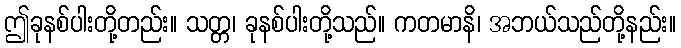
ဤခုနစ်ပါးတို့တည်း။ သတ္တ၊ ခုနစ်ပါးတို့သည်။ ကတမာနိ၊ အဘယ်သည်တို့နည်း။